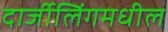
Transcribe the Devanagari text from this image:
दार्जीलिंगमधील